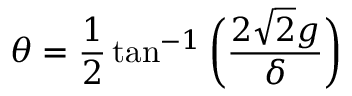
\theta = \frac { 1 } { 2 } \tan ^ { - 1 } \bigg ( \frac { 2 \sqrt { 2 } g } { \delta } \bigg )